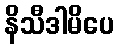
နိသီဒါမိပေ